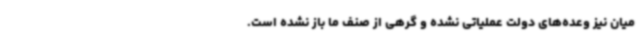
میان نیز وعده‌های دولت عملیاتی نشده و گرهی از صنف ما باز نشده است.